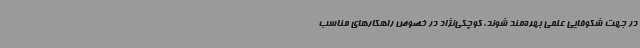
در جهت شکوفایی علمی بهره‌مند شوند. کوچکی‌نژاد در خصوص راهکارهای مناسب